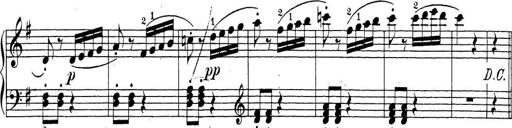
Title: Sonatina Album
Composer: Louis KÃ¶hler